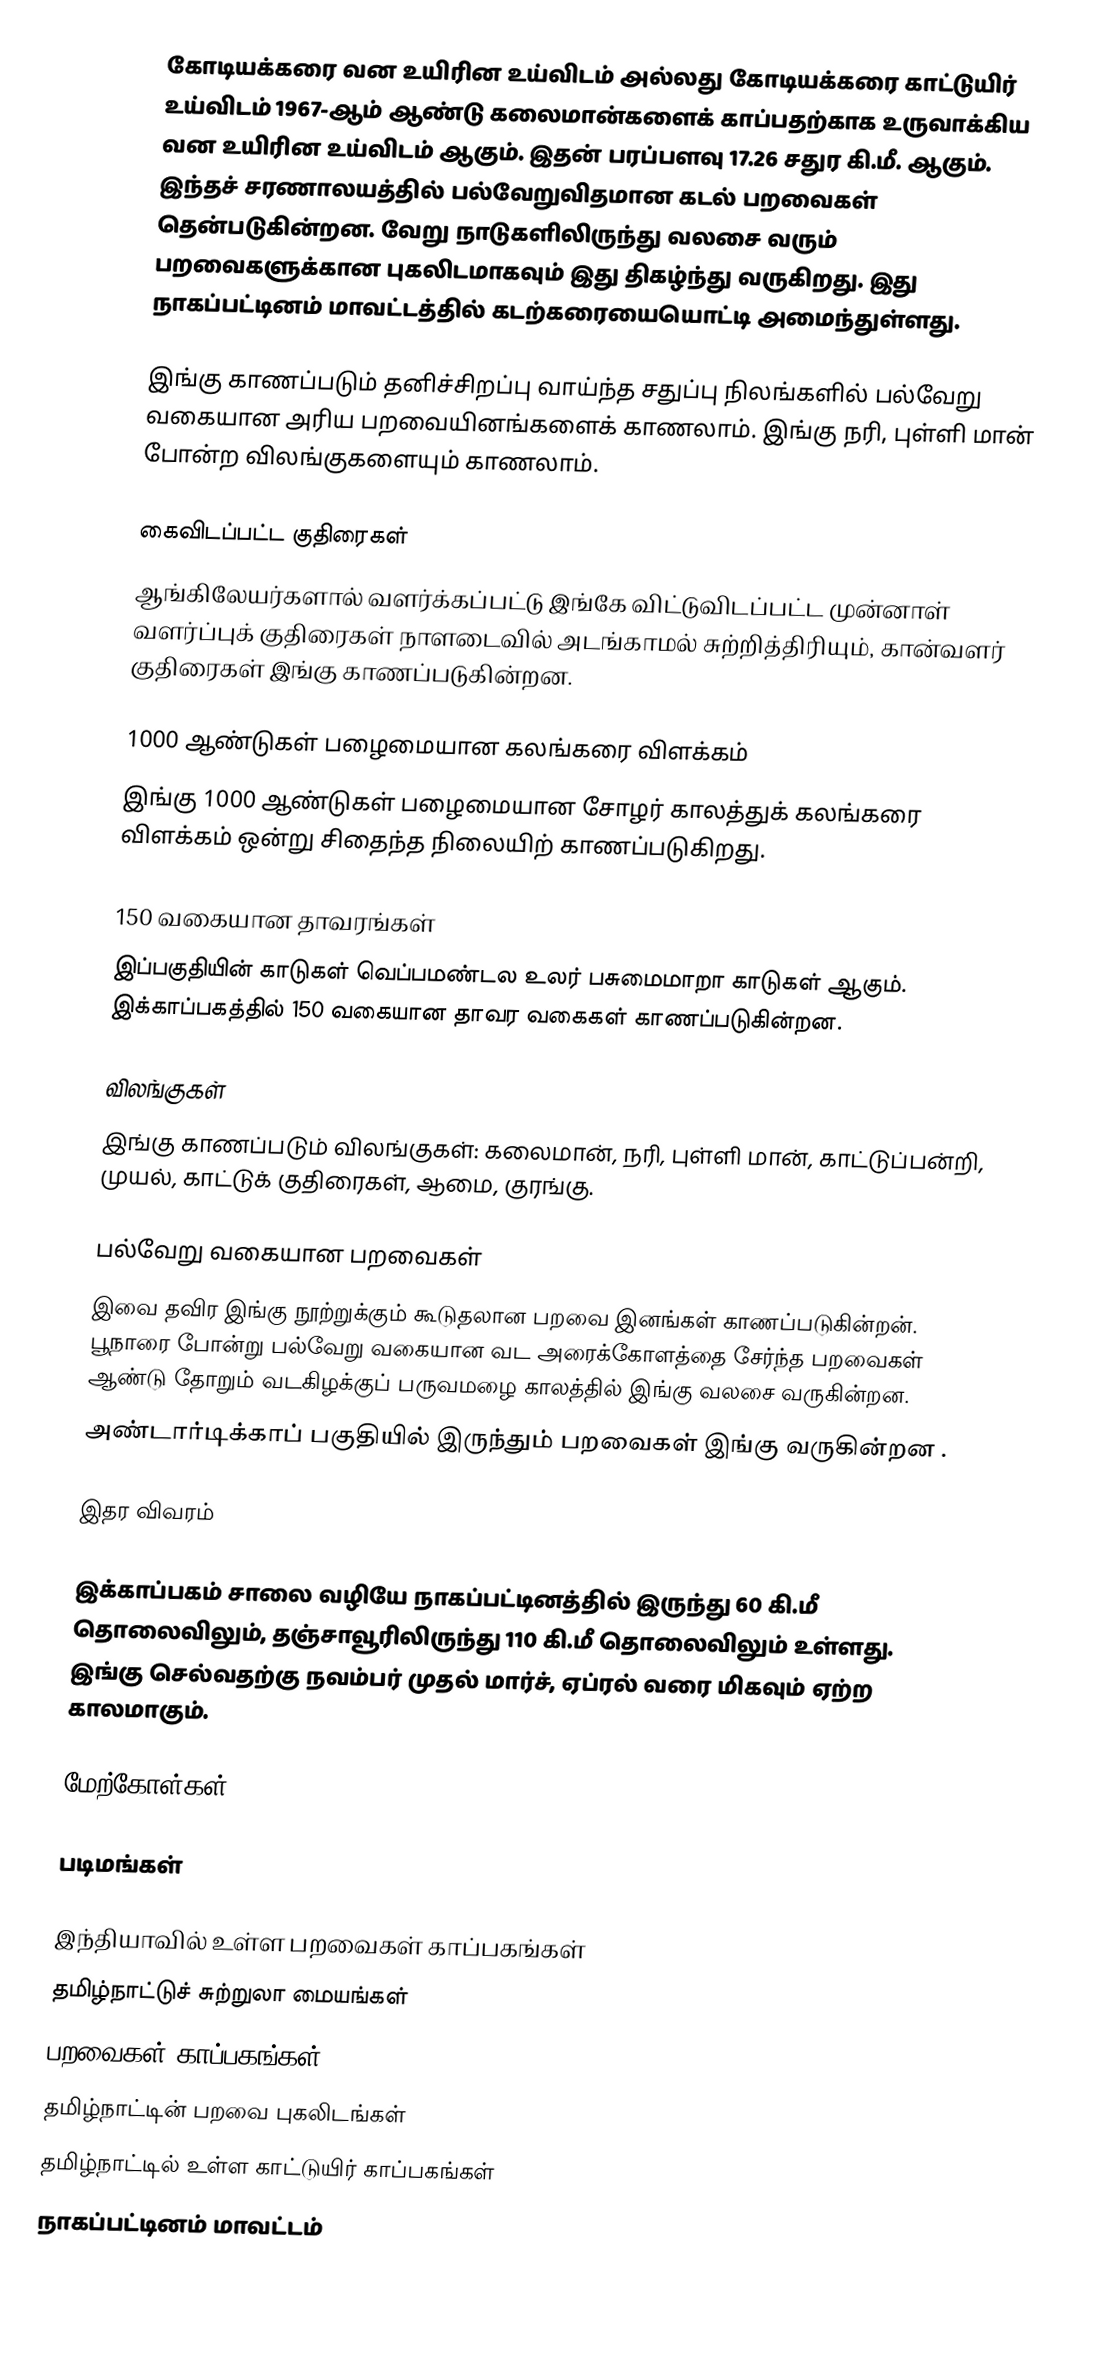
கோடியக்கரை வன உயிரின உய்விடம் அல்லது கோடியக்கரை காட்டுயிர் உய்விடம் 1967-ஆம் ஆண்டு கலைமான்களைக் காப்பதற்காக உருவாக்கிய வன உயிரின உய்விடம் ஆகும். இதன் பரப்பளவு 17.26 சதுர கி.மீ. ஆகும். இந்தச் சரணாலயத்தில் பல்வேறுவிதமான கடல் பறவைகள் தென்படுகின்றன. வேறு நாடுகளிலிருந்து வலசை வரும் பறவைகளுக்கான புகலிடமாகவும் இது திகழ்ந்து வருகிறது. இது நாகப்பட்டினம் மாவட்டத்தில் கடற்கரையையொட்டி  அமைந்துள்ளது.

இங்கு காணப்படும் தனிச்சிறப்பு வாய்ந்த சதுப்பு நிலங்களில் பல்வேறு வகையான அரிய பறவையினங்களைக் காணலாம். இங்கு நரி, புள்ளி மான் போன்ற விலங்குகளையும் காணலாம்.

கைவிடப்பட்ட குதிரைகள்
ஆங்கிலேயர்களால் வளர்க்கப்பட்டு இங்கே விட்டுவிடப்பட்ட முன்னாள் வளர்ப்புக் குதிரைகள் நாளடைவில் அடங்காமல் சுற்றித்திரியும், கான்வளர் குதிரைகள் இங்கு காணப்படுகின்றன.

1000 ஆண்டுகள் பழைமையான கலங்கரை விளக்கம்
இங்கு 1000 ஆண்டுகள் பழைமையான சோழர் காலத்துக் கலங்கரை விளக்கம் ஒன்று சிதைந்த நிலையிற் காணப்படுகிறது.

150 வகையான தாவரங்கள்
இப்பகுதியின் காடுகள் வெப்பமண்டல உலர் பசுமைமாறா காடுகள் ஆகும். இக்காப்பகத்தில் 150 வகையான தாவர வகைகள் காணப்படுகின்றன.

விலங்குகள்
இங்கு காணப்படும் விலங்குகள்: கலைமான், நரி, புள்ளி மான், காட்டுப்பன்றி, முயல், காட்டுக் குதிரைகள், ஆமை, குரங்கு.

பல்வேறு வகையான பறவைகள்
இவை தவிர இங்கு நூற்றுக்கும் கூடுதலான பறவை இனங்கள் காணப்படுகின்றன். பூநாரை போன்று பல்வேறு வகையான வட அரைக்கோளத்தை சேர்ந்த பறவைகள் ஆண்டு தோறும் வடகிழக்குப் பருவமழை காலத்தில் இங்கு வலசை வருகின்றன.
அண்டார்டிக்காப் பகுதியில் இருந்தும் பறவைகள் இங்கு வருகின்றன .

இதர விவரம்

இக்காப்பகம் சாலை வழியே நாகப்பட்டினத்தில் இருந்து 60 கி.மீ தொலைவிலும், தஞ்சாவூரிலிருந்து 110 கி.மீ தொலைவிலும் உள்ளது. இங்கு செல்வதற்கு நவம்பர் முதல் மார்ச், ஏப்ரல் வரை மிகவும் ஏற்ற காலமாகும்.

மேற்கோள்கள்

படிமங்கள்

இந்தியாவில் உள்ள பறவைகள் காப்பகங்கள்
தமிழ்நாட்டுச் சுற்றுலா மையங்கள்
பறவைகள் காப்பகங்கள்
தமிழ்நாட்டின் பறவை புகலிடங்கள்
தமிழ்நாட்டில் உள்ள காட்டுயிர் காப்பகங்கள்
நாகப்பட்டினம் மாவட்டம்